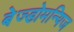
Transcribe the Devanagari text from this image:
बेज्डोमन्यिज